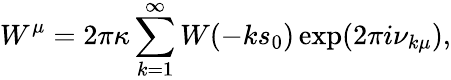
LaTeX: W^{\mu}=2\pi\kappa\sum_{k=1}^{\infty}W(-ks_{0})\exp(2\pi i\nu_{k\mu}),